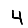
Digit: 4